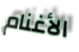
الأغنام